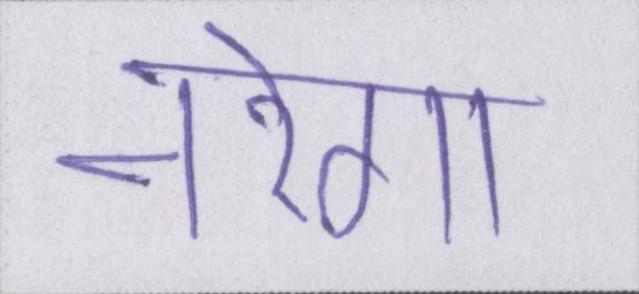
नरेगा